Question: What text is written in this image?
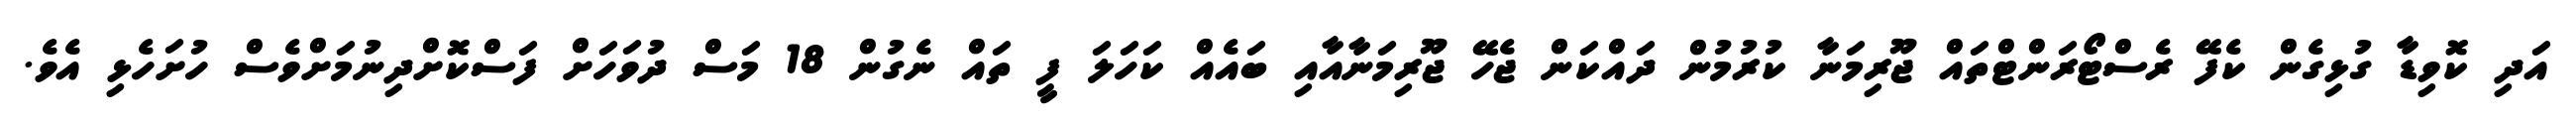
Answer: އަދި ކޮވިޑާ ގުޅިގެން ކެފޭ ރެސްޓޯރަންޓްތައް ޖޫރިމަނާ ކުރުމުން ދައްކަން ޖެހޭ ޖޫރިމަނާއާއި ބައެއް ކަހަލަ ފީ ތައް ނެގުން 18 މަސް ދުވަހަށް ފަސްކޮށްދިނުމަށްވެސް ހުށަހެޅި އެވެ.